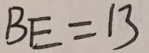
B E = 1 3